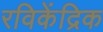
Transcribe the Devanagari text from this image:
रविकेंद्रिक